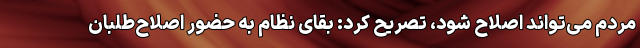
مردم می‌تواند اصلاح شود، تصریح کرد: بقای نظام به حضور اصلاح‌طلبان